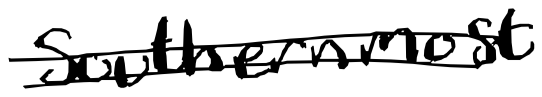
Text: southernmost
Cross-out: double-line
Writing tool: digital_black